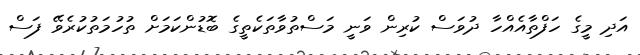
އަދި މީގެ ހަފްތާއެއްހާ ދުވަސް ކުރިން ވަނީ މަސްތުވާތަކެތީގެ ބޮޑުންކަމަށް ތުހުމަތުކުރެވޭ ފަސް